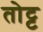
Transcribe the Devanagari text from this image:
तोट्ट